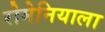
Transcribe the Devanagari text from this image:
रोमेनियाला